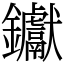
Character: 钀